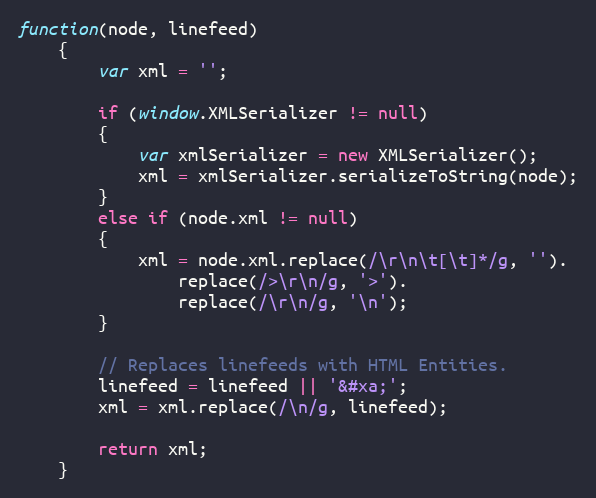
Language: JavaScript
function(node, linefeed)
	{
		var xml = '';

		if (window.XMLSerializer != null)
		{
			var xmlSerializer = new XMLSerializer();
			xml = xmlSerializer.serializeToString(node);
		}
		else if (node.xml != null)
		{
			xml = node.xml.replace(/\r\n\t[\t]*/g, '').
				replace(/>\r\n/g, '>').
				replace(/\r\n/g, '\n');
		}

		// Replaces linefeeds with HTML Entities.
		linefeed = linefeed || '&#xa;';
		xml = xml.replace(/\n/g, linefeed);

		return xml;
	}